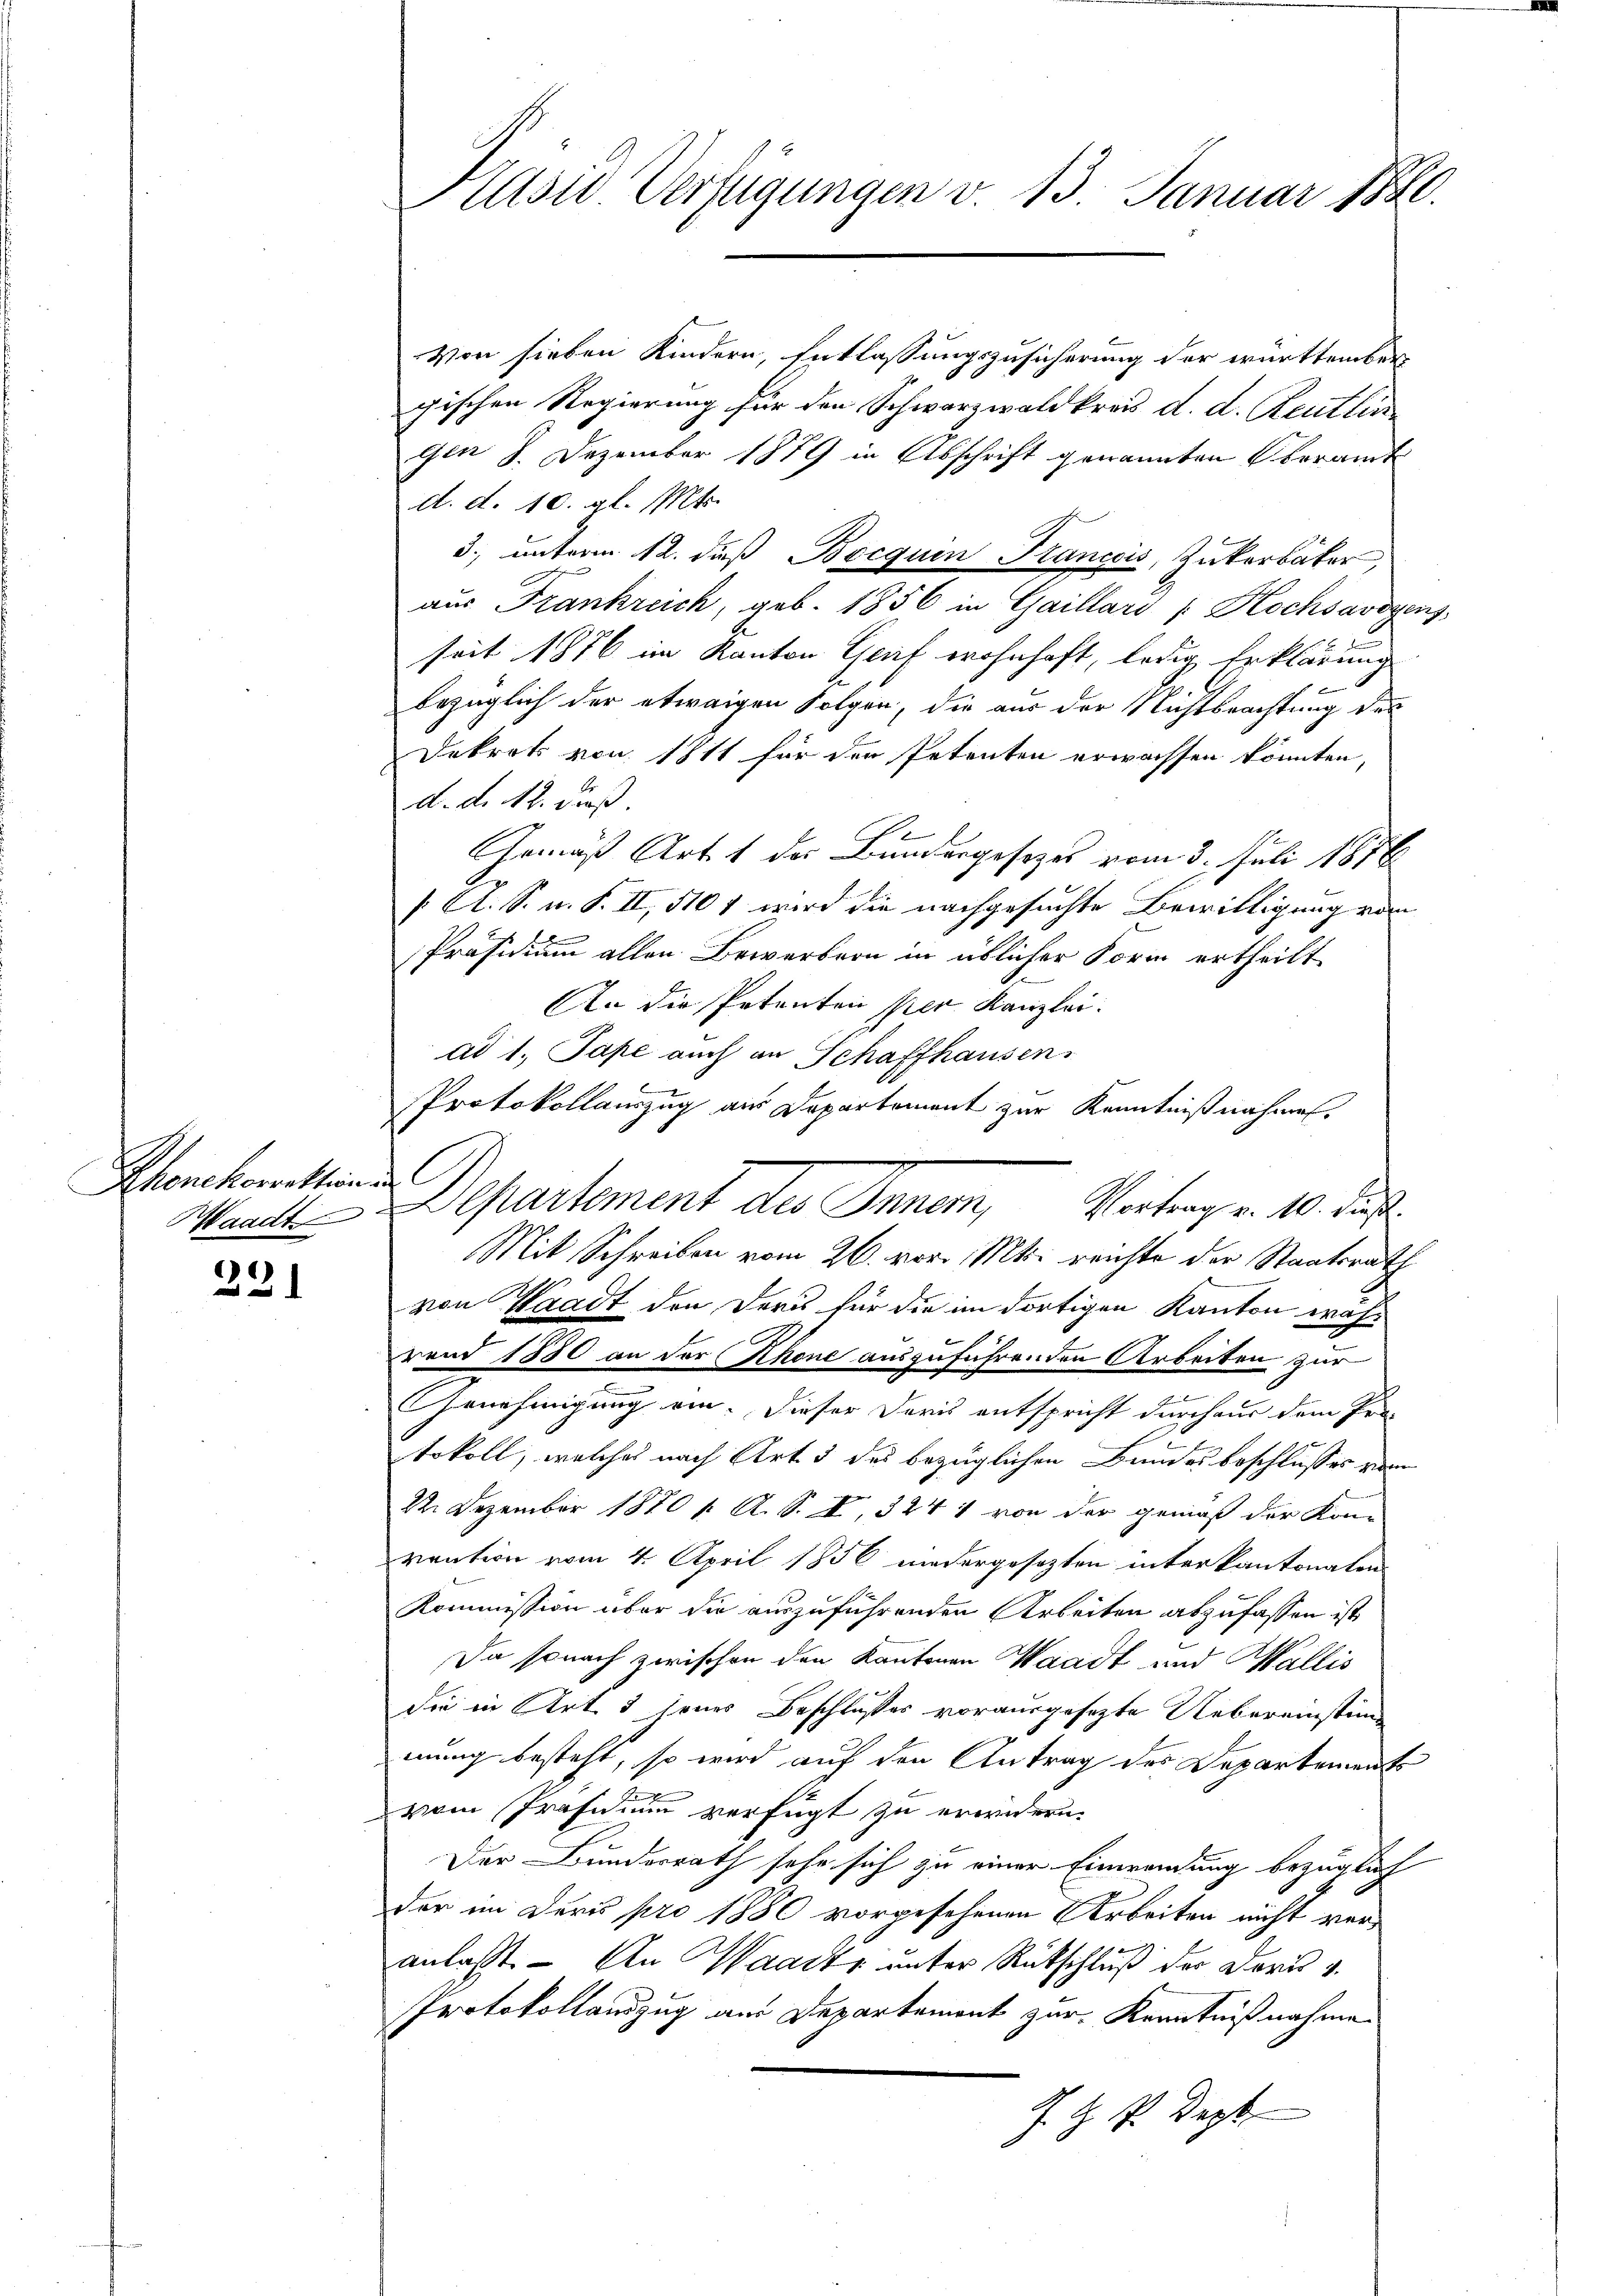
Khenchorrathenen

8

Von sieben Kindern, Entlassungszusicherung der württember
gischen Regierung für den Schwarzwaldkreis d. d. Reutlin
Gen 8. Dezember 1879 in Abschrift genannten Oberamt
d. d. 10. gl. Mts.
3. unterm 12. daβ Bocquen Francois, Zukerbäter,
aus Frankreich, geb. 1856 in Gaillari / Kochsavoyens,
seit 1876 im Kanton Graf wohnhaft, ledig Erklärung
bezüglich der etwaigen Folgen, die aus der Nichtbrachtung des
Dekrets von 1811 für der Petenten erwachsen könnten,
d. d. 12. dieß.
Gemäß Art. 1 des Bundergesezes vom 3. Juli 1876
/. A. S. u. S. II, 510 1 wird die nachgesuchte Bewilligung von
Präsidium allen Bewerbern in üblicher Form ertheilt.
An die Petenten per Kanzlei.
ad 1., Pape auch an Schaffhausen,
e
Protokollauszug aus Departement zur Kenntnißnahmen.
Mit Schreiben vom 26. vor. Mts. reichte der Staatsrath
von Waadt den ders für die im dortigen Kanton wäh-
rend 1880 an der Rhone auszuführenden Arbeiten zur
Genehmigung ein. Dieser Daris entspricht durchaus dem Pro-
9
tokoll, welches nach Art. 3 des bezüglichen Bundes beschlusses vom
22. Dezember 1870 [ A. S. I, 324 1 von der gemäß der Kon-
vention vom 4. April 1856 niedergesezten interkantonalen
Kommission aber die auszuführenden Arbeiten abzufassen ist,
Da sonach zwischen den Kantonen Waadt und Wallis
Sie in Art. 3 jenes Beschlußes vorausgesezte Uebereinstimmung besteht, so wird auf den Antrag des Departements
vom Präsidium verfügt zu erwidern.
Der Bundesrath sehr sich zu einer Einwendung bezüglich
der im Juris pro 1880 vorgesehenen Arbeiten nicht veranlasst. – An Waadt unter Rückschluß der Dorn u.
Protokollandzug aus Departement zur Kenntnißnahmen
J. G. P. Dezb

Präsid. Verfügungen v. 13. Januar 1840.

Mante Departement des Inner, Vortrag v. 10. daß